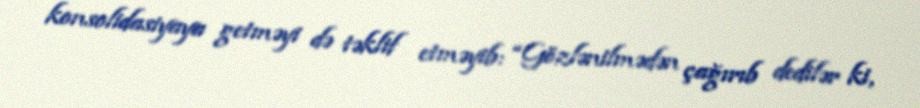
konsolidasiyaya getməyi də təklif etməyib: “Gözlənilmədən çağırıb dedilər ki,